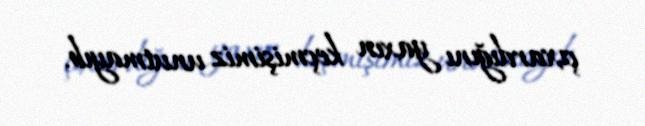
çıxardığını yaxın keçmişimiz unutmayıb.